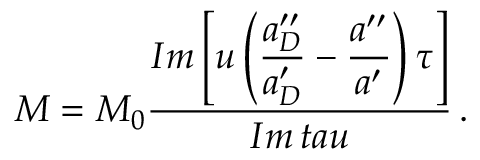
M = M _ { 0 } \frac { \displaystyle { \cal I } m \left[ u \left( \frac { a _ { D } ^ { \prime \prime } } { a _ { D } ^ { \prime } } - \frac { a ^ { \prime \prime } } { a ^ { \prime } } \right) \tau \right] } { \displaystyle { \cal I } m \, t a u } \, .